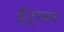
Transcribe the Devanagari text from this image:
कुंटूरकर